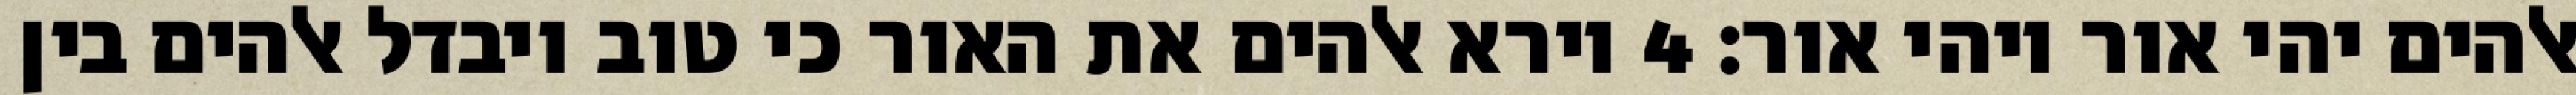
אלהים יהי אור ויהי אור׃ ‎4‏ וירא אלהים את האור כי טוב ויבדל אלהים בין